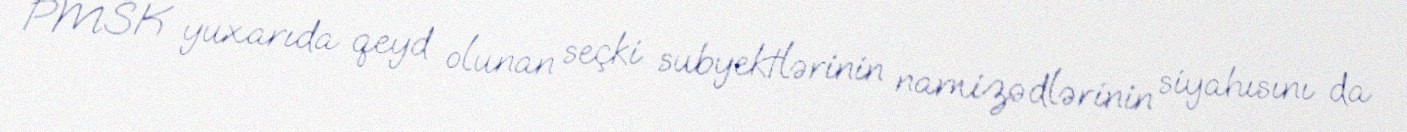
PMSK yuxarıda qeyd olunan seçki subyektlərinin namizədlərinin siyahısını da